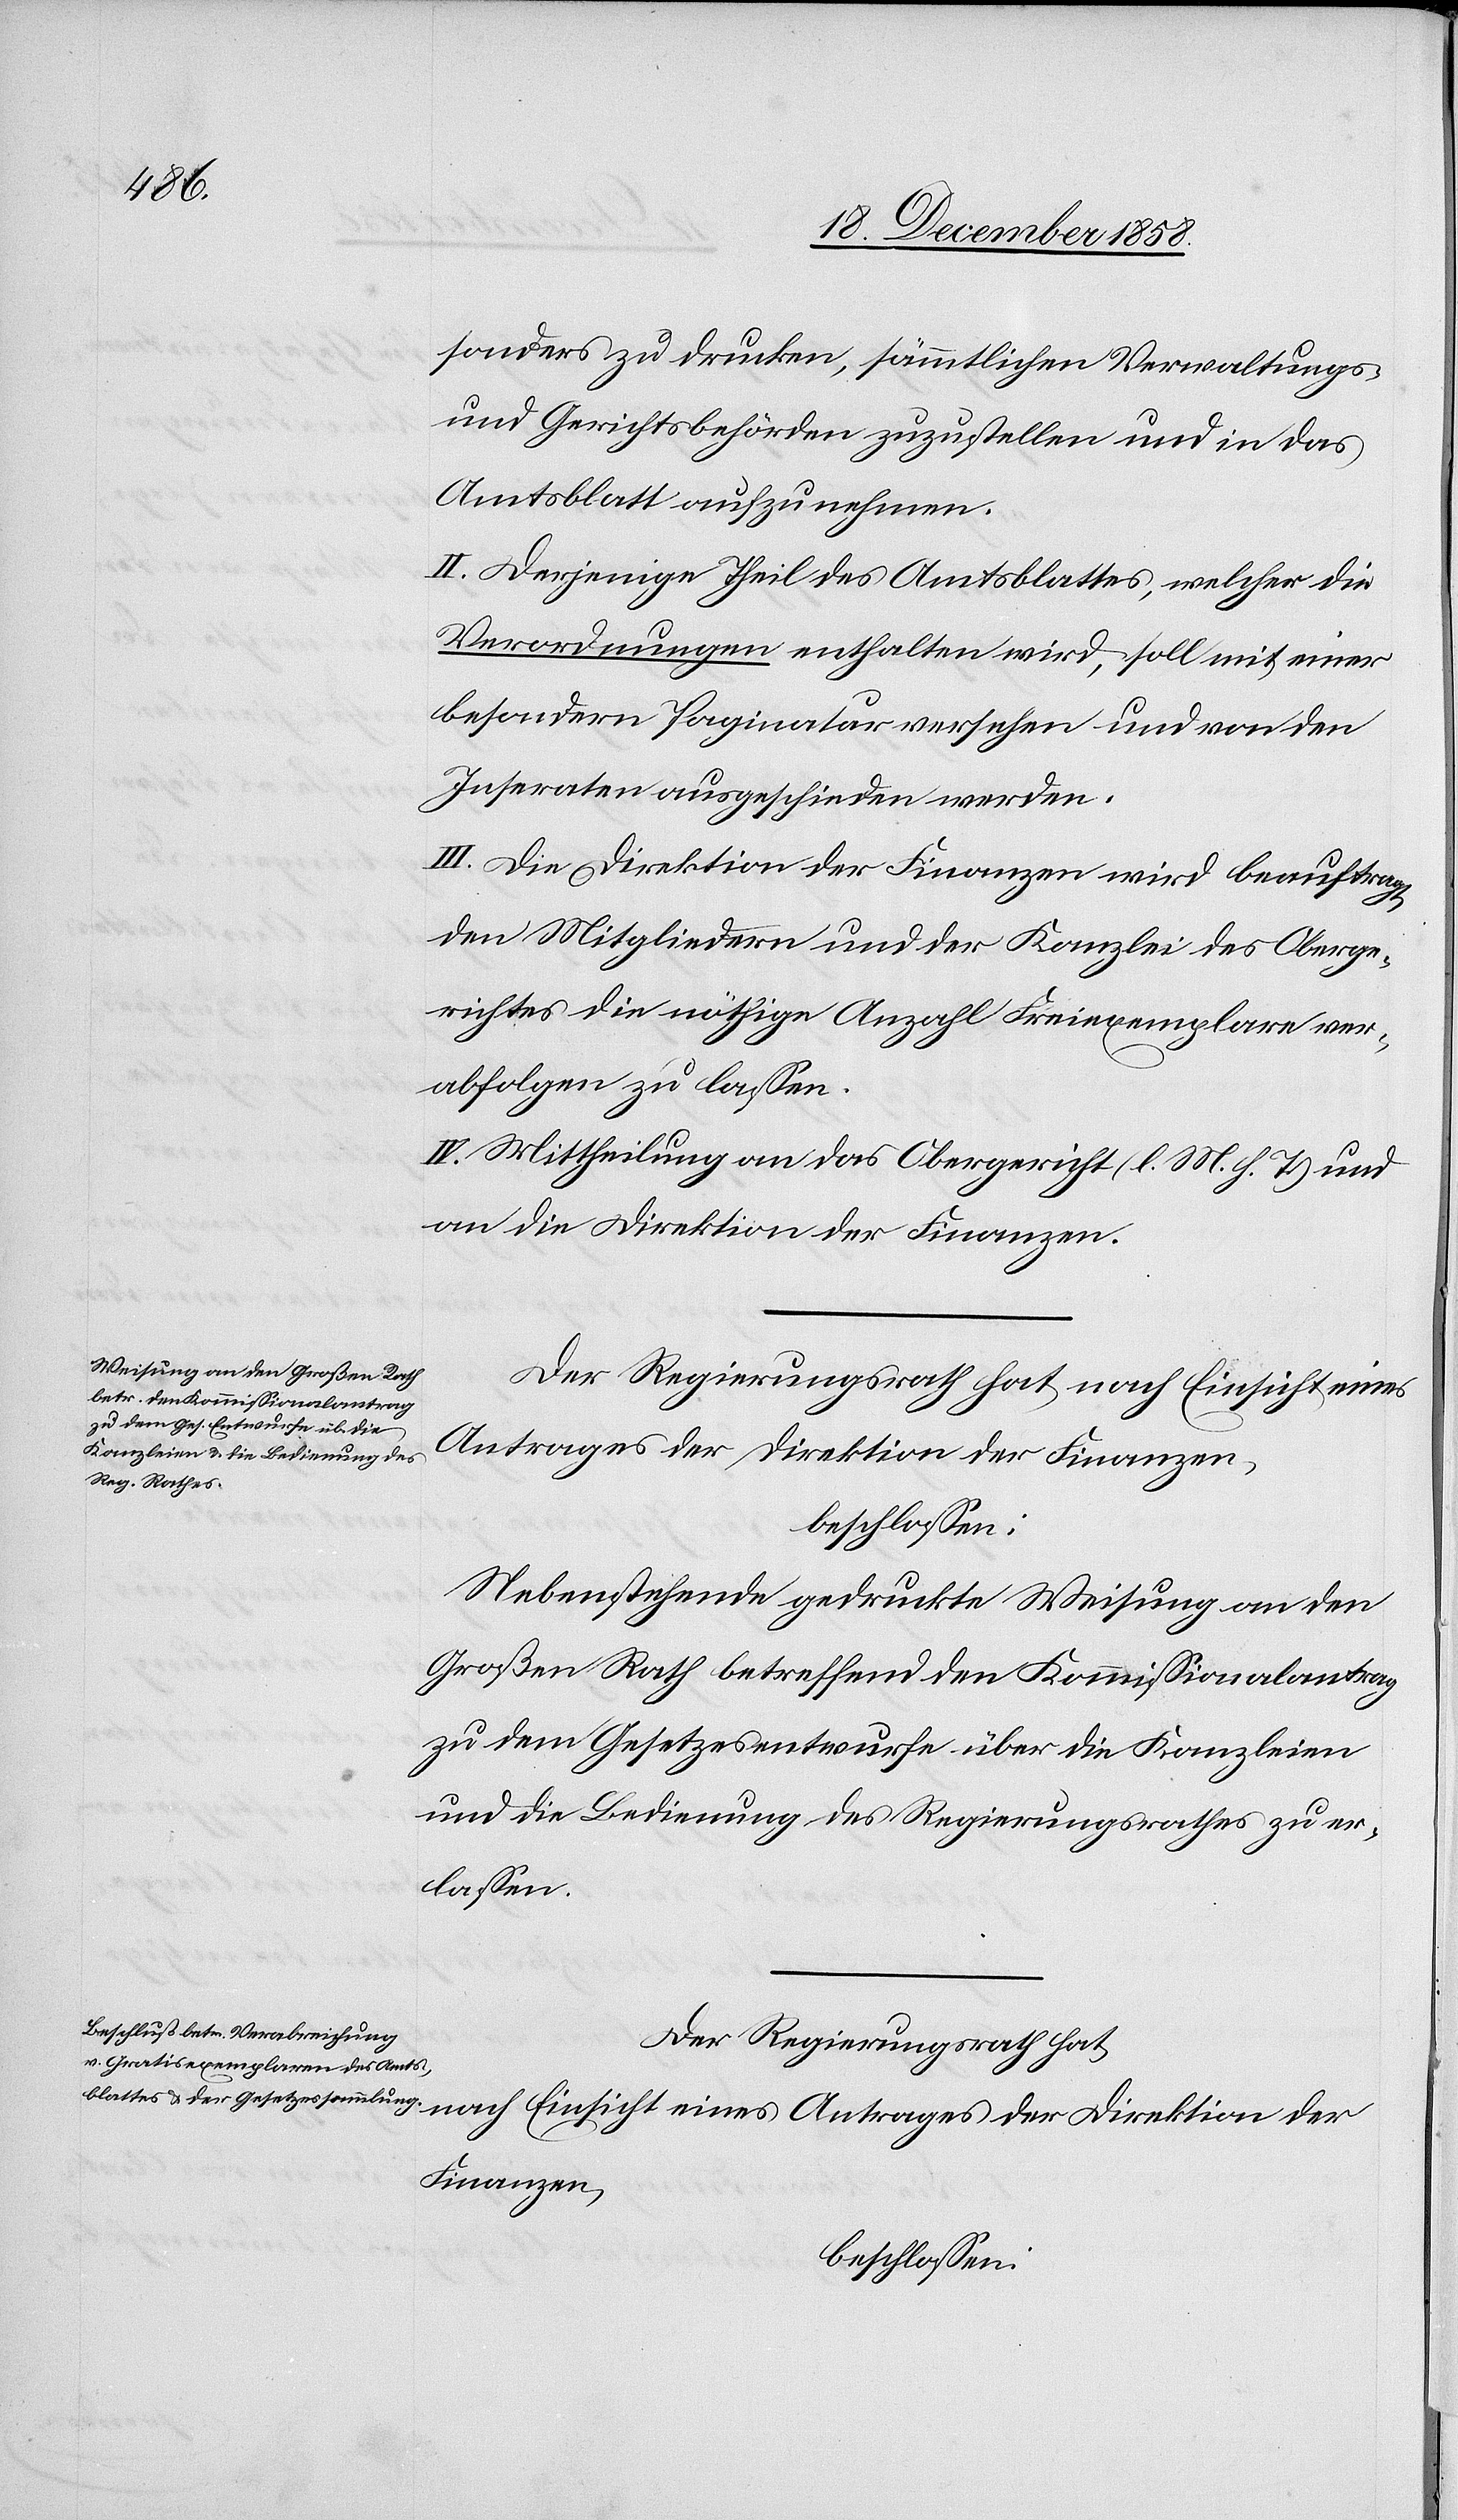
sonders zu drucken, sämmtlichen Verwaltungs-
und Gerichtsbehörden zuzustellen und in das
Amtsblatt aufzunehmen.
II. Derjenige Theil des Amtsblattes, welcher die
Verordnungen enthalten wird, soll mit einer
besondern Paginatur versehen und von den
Inseraten ausgeschieden werden.
III. Die Direktion der Finanzen wird beauftragt,
den Mitgliedern und der Kanzlei des Oberge¬
richtes die nöthige Anzahl Freiexemplare ver¬
abfolgen zu lassen.
IV. Mittheilung an das Obergericht (l. M. h. T.) und
an die Direktion der Finanzen.
Der Regierungsrath hat, nach Einsicht eines
Antrages der Direktion der Finanzen,
beschlossen:
Nebenstehende gedruckte Weisung an den
Großen Rath betreffend den Kommissionalantrag
zu dem Gesetzesentwurfe über die Kanzleien
und die Bedienung des Regierungsrathes zu er¬
lassen.